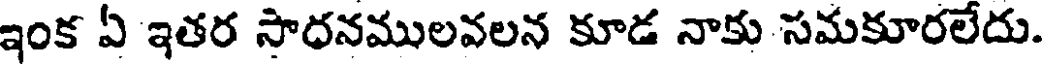
ఇంక ఏ ఇతర సాధనములవలన కూడ నాకు సమకూరలేదు.